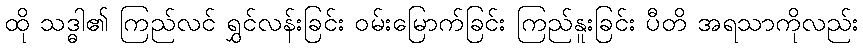
ထို သဒ္ဓါ၏ ကြည်လင် ရွှင်လန်းခြင်း ဝမ်းမြောက်ခြင်း ကြည်နူးခြင်း ပီတိ အရသာကိုလည်း